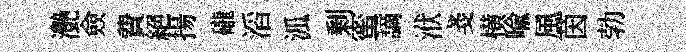
灔僉費絕揚礲滔泒剰蜜謫洑戔横喩風茵勃